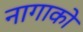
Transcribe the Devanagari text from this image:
नागाको